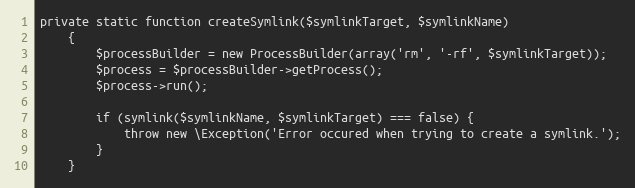
Language: PHP
private static function createSymlink($symlinkTarget, $symlinkName)
    {
        $processBuilder = new ProcessBuilder(array('rm', '-rf', $symlinkTarget));
        $process = $processBuilder->getProcess();
        $process->run();

        if (symlink($symlinkName, $symlinkTarget) === false) {
            throw new \Exception('Error occured when trying to create a symlink.');
        }
    }